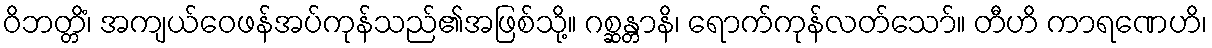
ဝိဘတ္တိံ၊ အကျယ်ဝေဖန်အပ်ကုန်သည်၏အဖြစ်သို့။ ဂစ္ဆန္တာနိ၊ ရောက်ကုန်လတ်သော်။ တီဟိ ကာရဏေဟိ၊